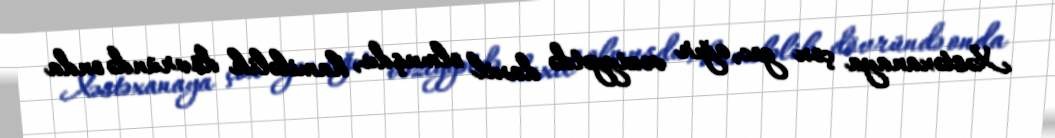
Xəstəxanaya çox gec, ağır vəziyyətdə daxil olmuşdu, hamiləlik dövründə onda